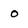
Character: 0